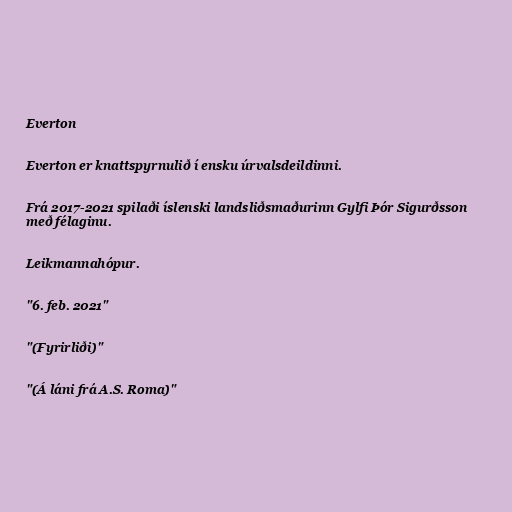
Everton

Everton er knattspyrnulið í ensku úrvalsdeildinni.

Frá 2017-2021 spilaði íslenski landsliðsmaðurinn Gylfi Þór Sigurðsson
með félaginu.

Leikmannahópur.

"6. feb. 2021"

"(Fyrirliði)"

"(Á láni frá A.S. Roma)"